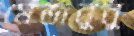
মেজবুবু